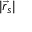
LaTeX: | { \vec { r } } _ { s } |